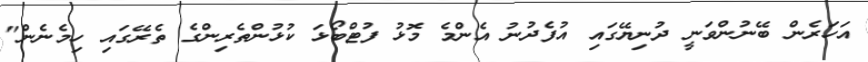
އަހަރެން ބޭނުންވަނީ ދުނިޔޭގައި އުފެދުނު އެންމެ މޮޅު ފުޓްބޯޅަ ކުޅުންތެރިންގެ ތެރޭގައި ހިމެނެން"